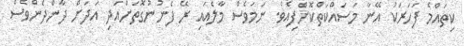
ކިތައްމެ ފަހަރަކު އޭނާ މަސައްކަތްކޮށްފިއެވެ. ނަމަވެސް މާލެއައި ރޭ ފެނުނުގޮތަށްއަދި އަދަށް ދާންދެންވެސް